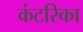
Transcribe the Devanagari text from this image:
कंटरिका